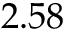
2 . 5 8